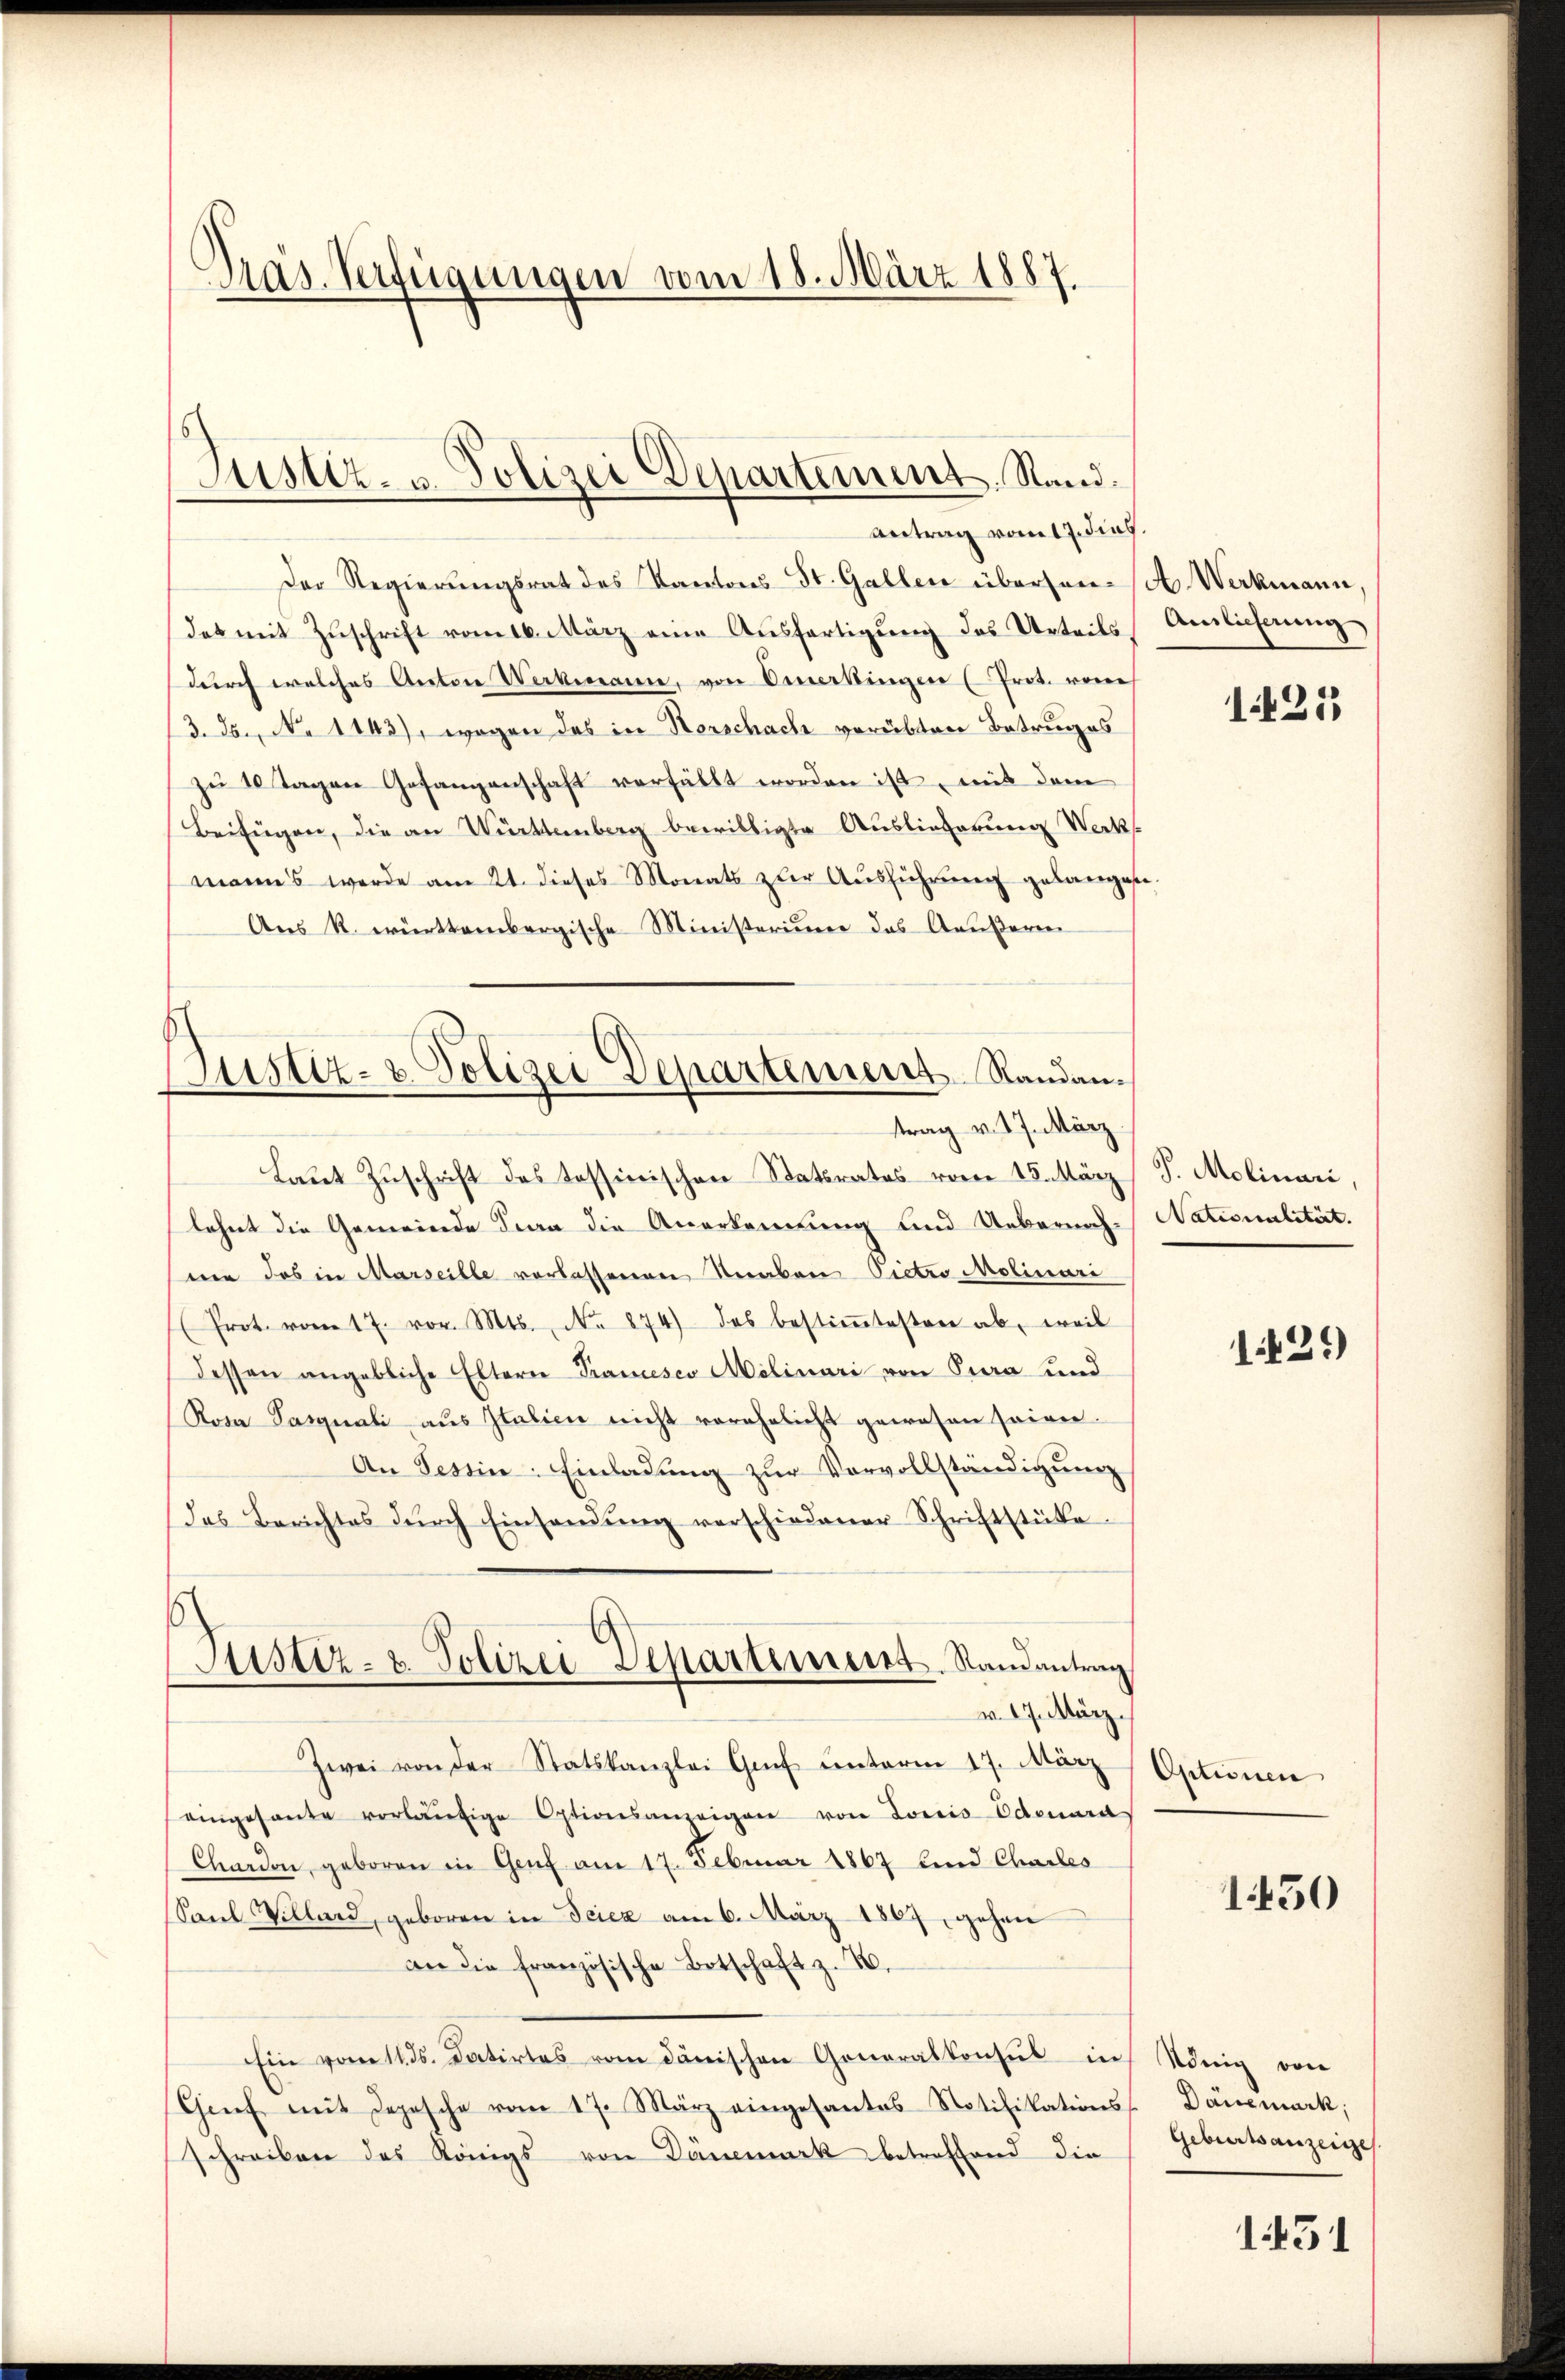
Pras. Verfügungen vom 18. März 1887.

Antrag vom 17. dies.
Der Regierungsrat des Kantons St. Gallen überson (A. Werkmann,
das mit Zŭschrift vom 16. März eine Aŭsfertigŭng des Urteils Auslieferung
durch welches Anton Werkmanne, von Omarkingen (Prot. von
/3. ds., No 1143), wogen das in Verschache verübten Betruges
zu 10 Tagen Gesangenschaft verfüllt worden ist mit dem
Beifügen, die an Württemberg bewilligte Auslieferung Werks
manns werde am 21. dieses Monats zur Ausführung gelangen.
Aus R. württembergische Ministerium das Aeußeren

Justiz- u. Polizei Departement. Stand.

Justiz- & Polizei Departement Randantrag v. 17. März

s
Justiz- u. Polizei Departement. Randantrag

Laut Zuschrift des Tessinischen Ratsrates vom 15. März J. Molinari,
lehnt die Gemeinde Sera die Anerkennung und Uebernach-Nationalität.
nen das in Marseille verlassenen Seraben Pietro Molinari
(Prot. vom 17. vor. Mts., No 874) des bestiṁtesten ab, weil
dessen angebliche Eltern Trancesco Milinari von Tura und
Rosa Pasquali aus Italien nicht verehelicht gewesen seien.
An Tessin: Einladŭng zŭr Vervollständigung
das Berichtes dŭrch Einsendŭng verschiedener Schriftstücke
v. 17. März.
Zwei von der Statskanzlei Gŭf ŭnterm 17. März Aptionen
eingesante vorläŭfige Optionsanzeigen von Loris Odenara
Chardon, geboren in Genf am 17. Februar 1867 und Charles
Saul Villard, geboren in Scica am 6. März 1867, gehen
an die französische Botschaft z. B.
Ein vom 11. ds. datirtes vom dänischen Generalkonsul in König von
Grief mit Depesche vom 17. März eingesantes Notifikations-Dänemark,
schreiben des Königs von Dänemark betreffend die

1425

1429)

150

Geburtsanzeige

1451